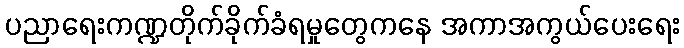
ပညာရေးကဏ္ဍတိုက်ခိုက်ခံရမှုတွေကနေ အကာအကွယ်ပေးရေး